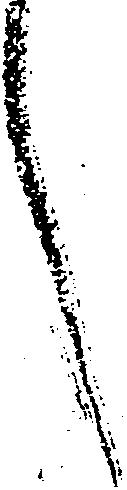
言